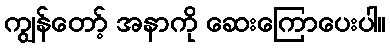
ကျွန်တော့် အနာကို ဆေးကြောပေးပါ။